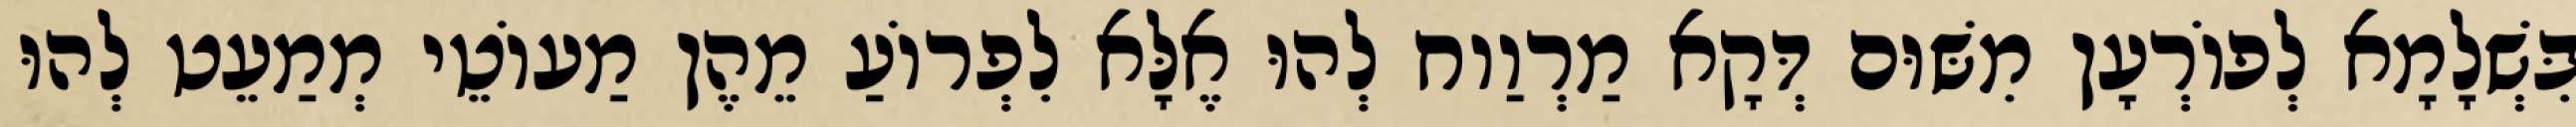
בִּשְׁלָמָא לְפוֹרְעָן מִשּׁוּם דְּקָא מַרְוַוח לְהוּ אֶלָּא לִפְרוֹעַ מֵהֶן מַעוֹטֵי מְמַעֵט לְהוּ